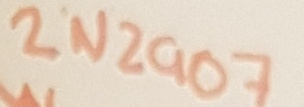
Text: 2N2907